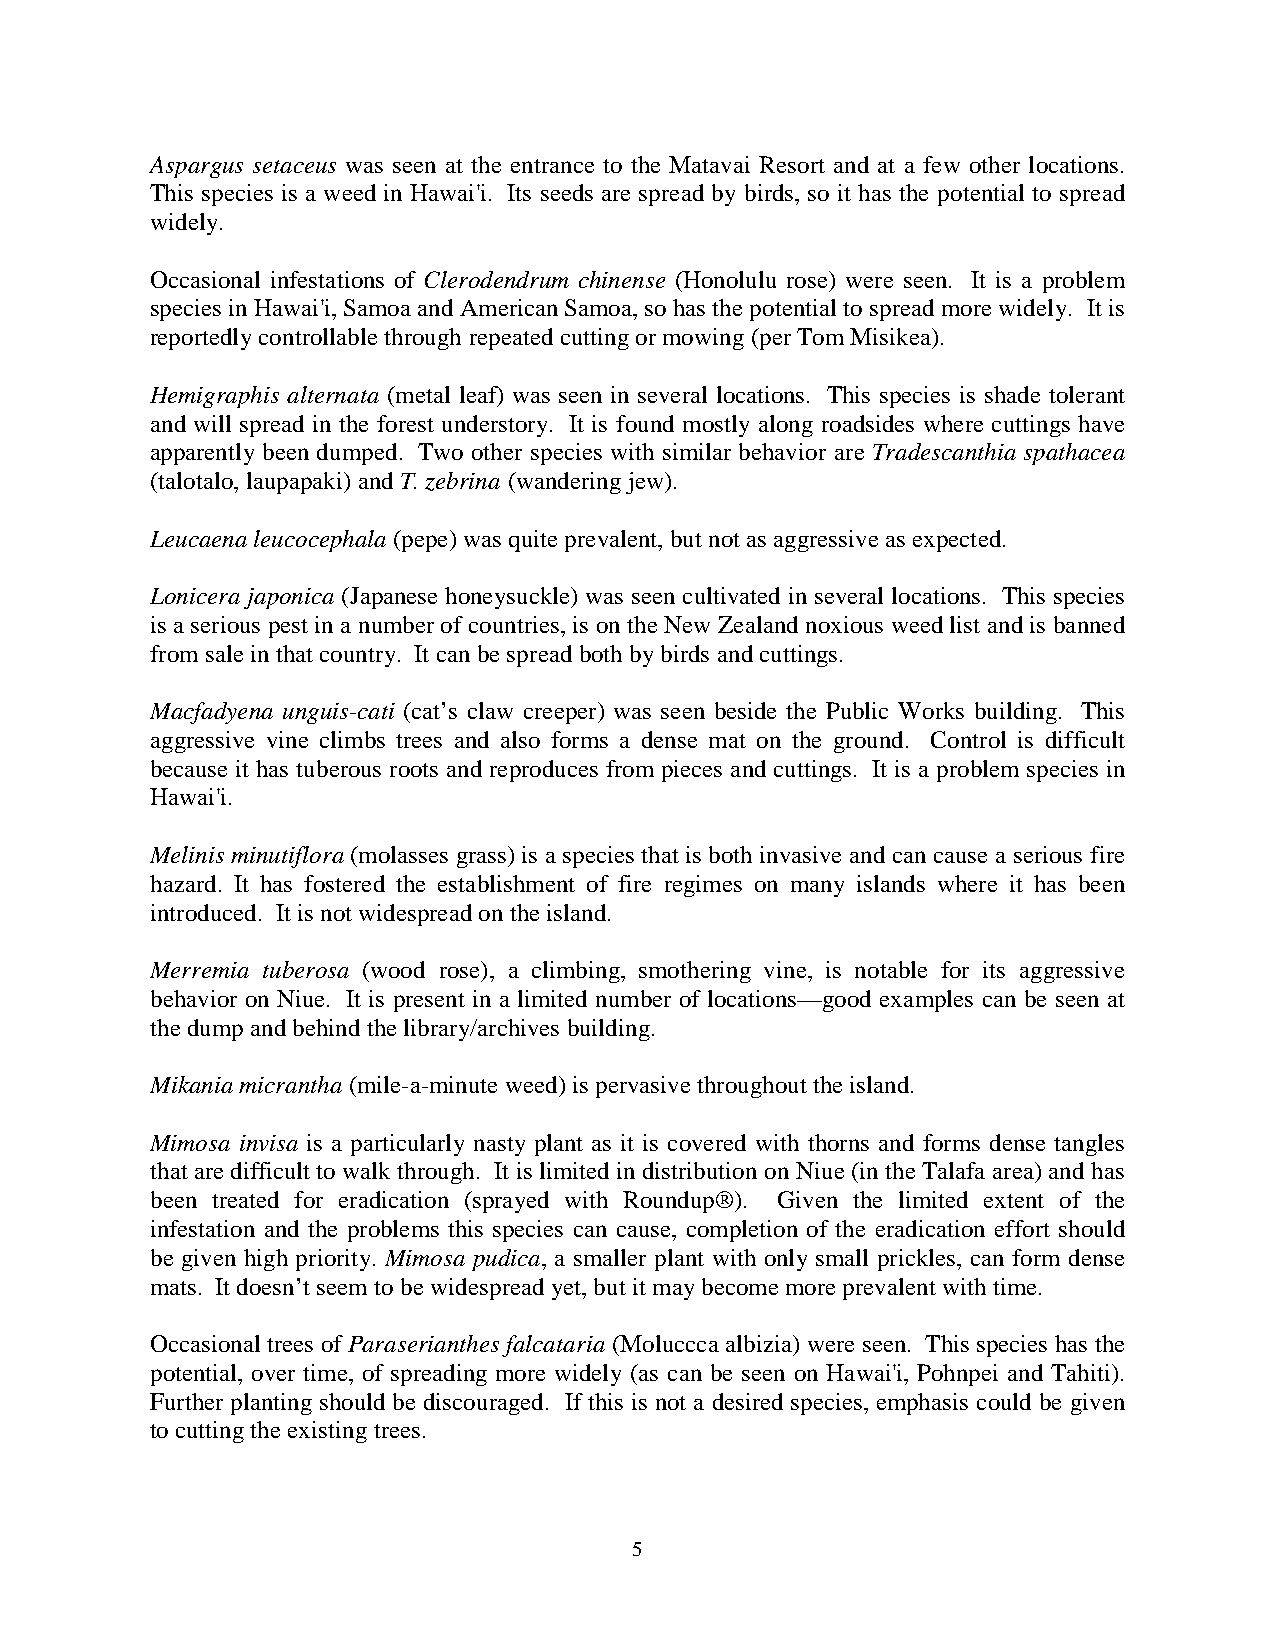
Aspargus setaceus was seen at the entrance to the Matavai Resort and at a few other locations.
 This species is a weed in Hawai'i. Its seeds are spread by birds, so it has the potential to spread
 widely.
 Occasional infestations of Clerodendrum chinense (Honolulu rose) were seen. It is a problem
 species in Hawai'i, Samoa and American Samoa, so has the potential to spread more widely. It is
 reportedly controllable through repeated cutting or mowing (per Tom Misikea).
 Hemigraphis alternata (metal leaf) was seen in several locations. This species is shade tolerant
 and will spread in the forest understory. It is found mostly along roadsides where cuttings have
 apparently been dumped. Two other species with similar behavior are Tradescanthia spathacea
 (talotalo, laupapaki) and T. zebrina (wandering jew).
 Leucaena leucocephala (pepe) was quite prevalent, but not as aggressive as expected.
 Lonicera japonica (Japanese honeysuckle) was seen cultivated in several locations. This species
 is a serious pest in a number of countries, is on the New Zealand noxious weed list and is banned
 from sale in that country. It can be spread both by birds and cuttings.
 Macfadyena unguis-cati (cat’s claw creeper) was seen beside the Public Works building. This
 aggressive vine climbs trees and also forms a dense mat on the ground. Control is difficult
 because it has tuberous roots and reproduces from pieces and cuttings. It is a problem species in
 Hawai'i.
 Melinis minutiflora (molasses grass) is a species that is both invasive and can cause a serious fire
 hazard. It has fostered the establishment of fire regimes on many islands where it has been
 introduced. It is not widespread on the island.
 Merremia tuberosa (wood rose), a climbing, smothering vine, is notable for its aggressive
 behavior on Niue. It is present in a limited number of locations—good examples can be seen at
 the dump and behind the library/archives building.
 Mikania micrantha (mile-a-minute weed) is pervasive throughout the island.
 Mimosa invisa is a particularly nasty plant as it is covered with thorns and forms dense tangles
 that are difficult to walk through. It is limited in distribution on Niue (in the Talafa area) and has
 been treated for eradication (sprayed with Roundup®). Given the limited extent of the
 infestation and the problems this species can cause, completion of the eradication effort should
 be given high priority. Mimosa pudica, a smaller plant with only small prickles, can form dense
 mats. It doesn’t seem to be widespread yet, but it may become more prevalent with time.
 Occasional trees of Paraserianthes falcataria (Moluccca albizia) were seen. This species has the
 potential, over time, of spreading more widely (as can be seen on Hawai'i, Pohnpei and Tahiti).
 Further planting should be discouraged. If this is not a desired species, emphasis could be given
 to cutting the existing trees.
 5